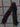
Text: 1